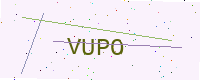
Text: VUPO